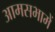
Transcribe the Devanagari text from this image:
आमसभामें